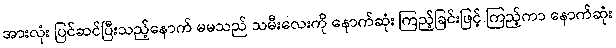
အားလုံး ပြင်ဆင်ပြီးသည့်နောက် မမသည် သမီးလေးကို နောက်ဆုံး ကြည့်ခြင်းဖြင့် ကြည့်ကာ နောက်ဆုံး